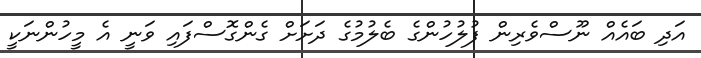
އަދި ބައެއް ނޫސްވެރިން ފުލުހުންގެ ބެލުމުގެ ދަށަށް ގެންގޮސްފައި ވަނީ އެ މީހުންނަކީ